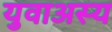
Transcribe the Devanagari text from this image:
युवाअस्य